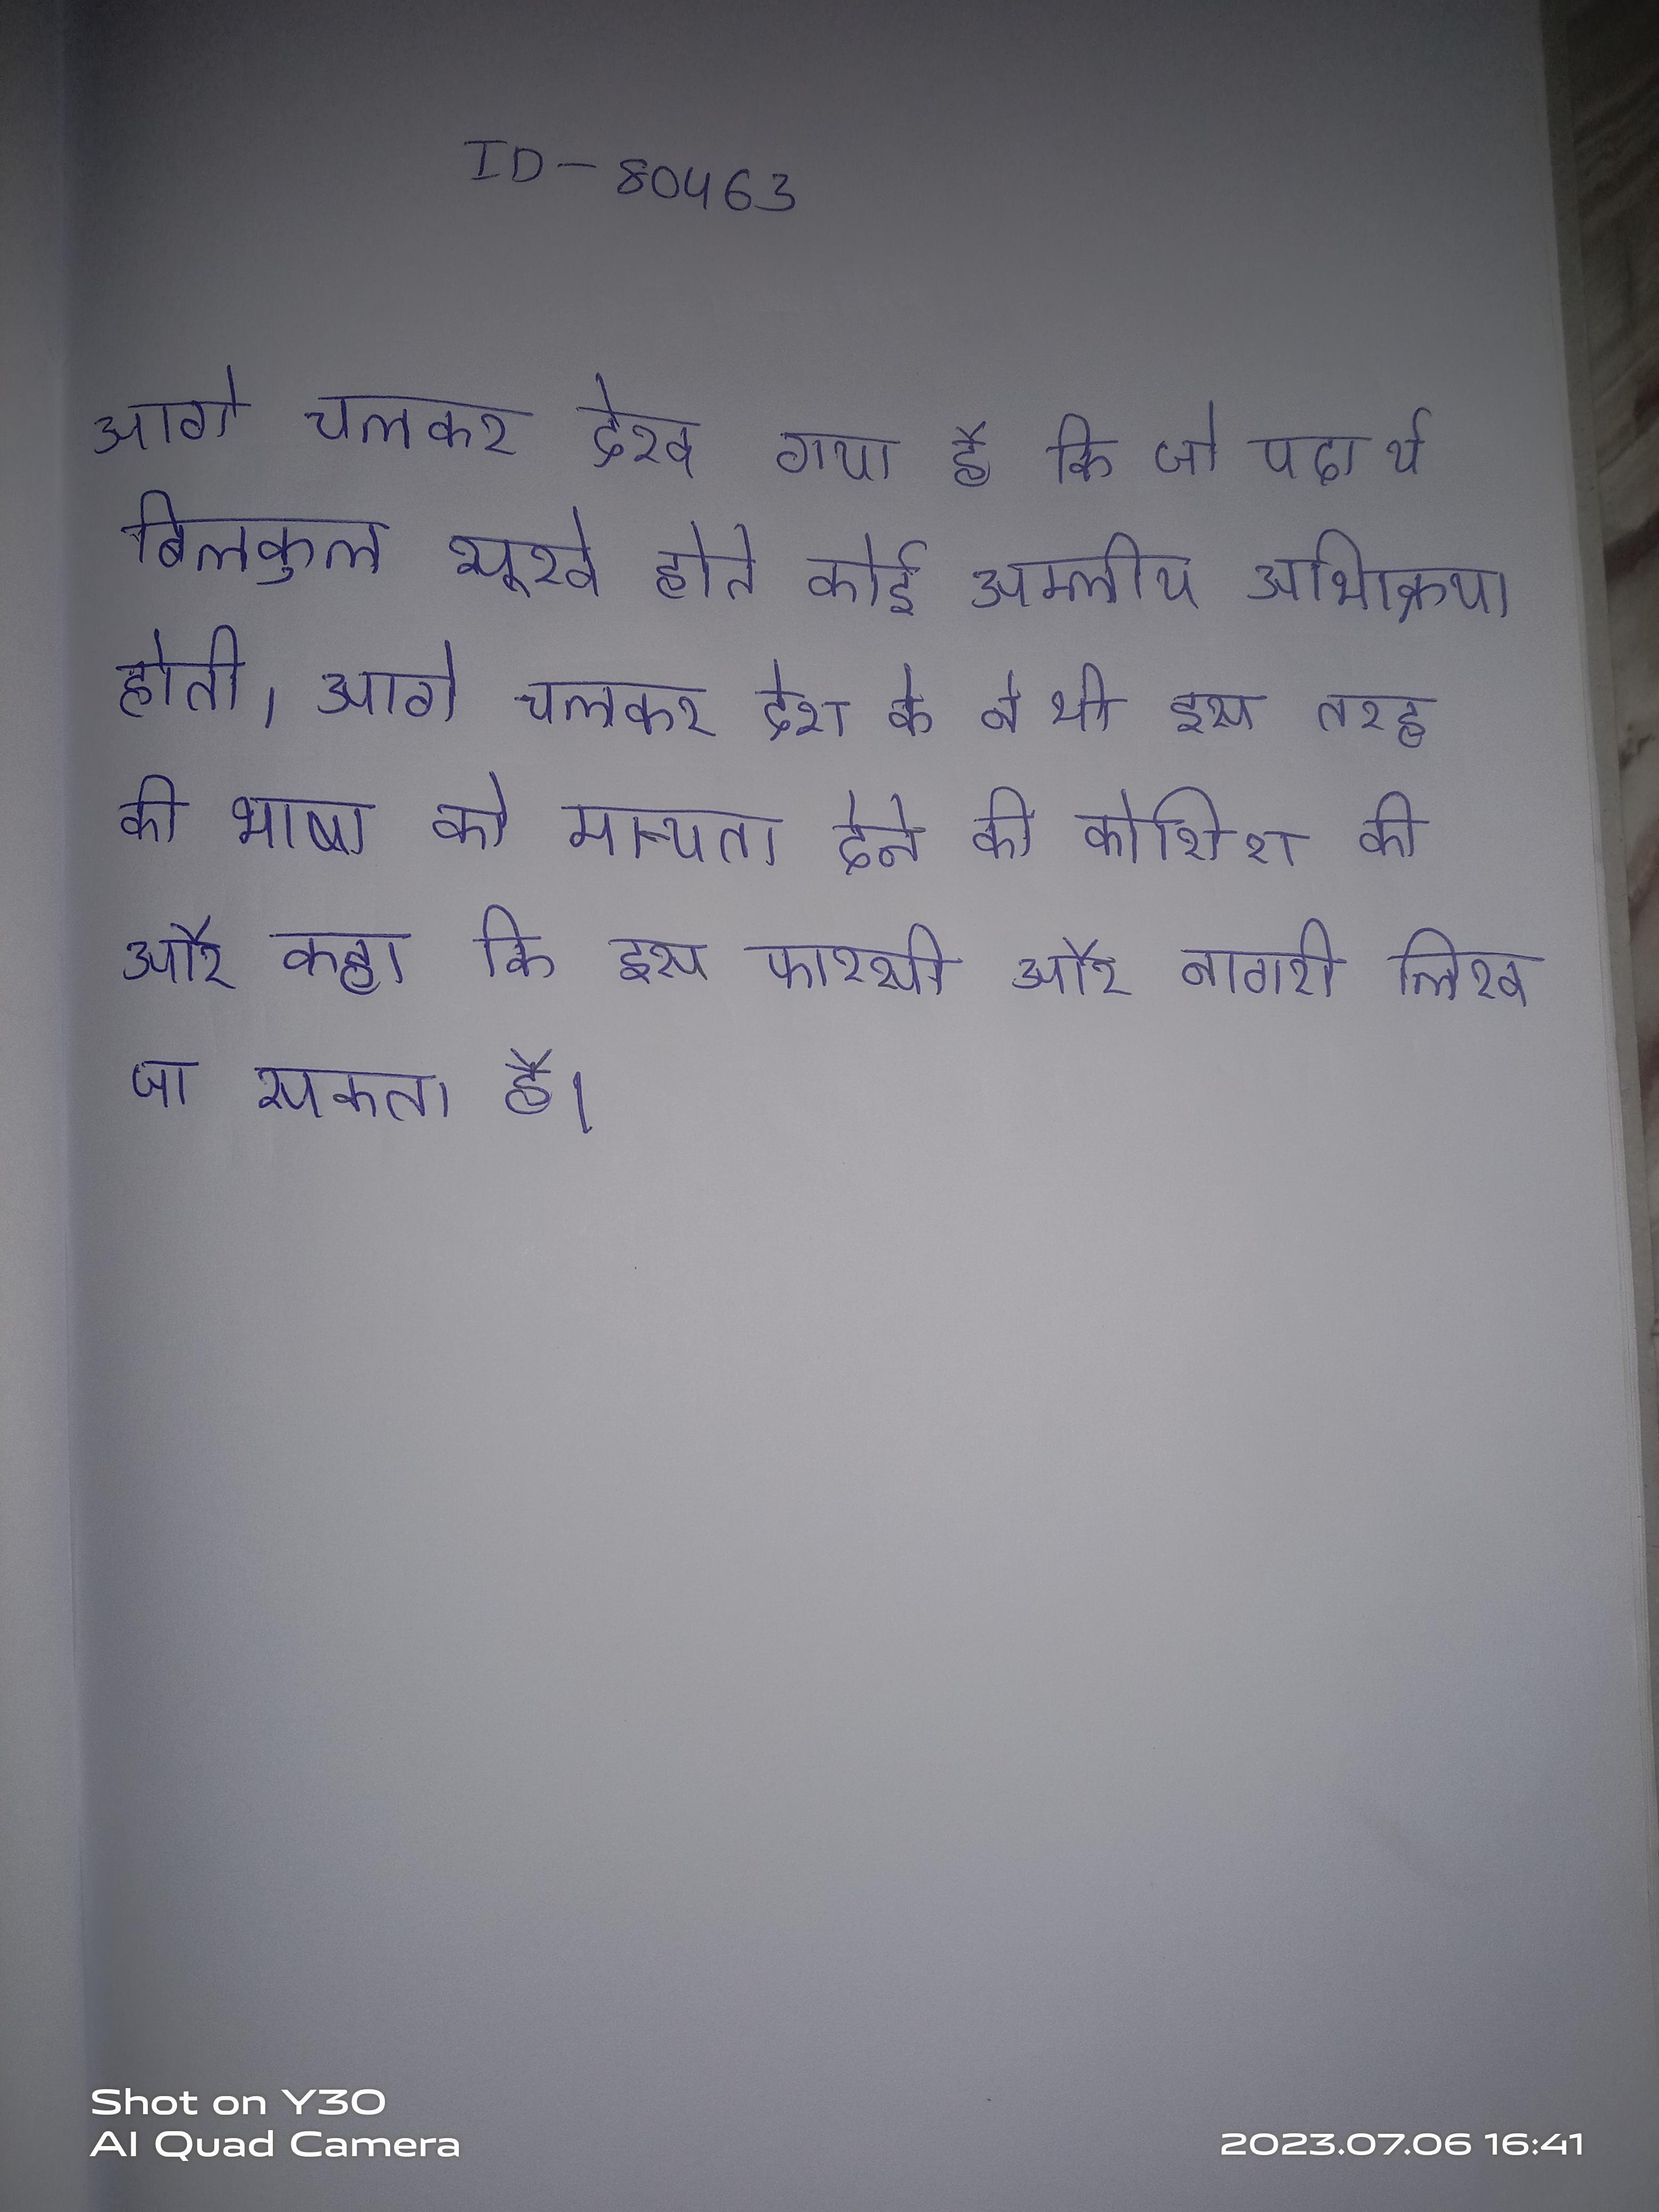
आगे चलकर देखा गया है कि जो पदार्थ बिलकुल सूखे होते कोई अम्लीय अभिक्रिया होती । आगे चलकर देश के ने भी इस तरह की भाषा को मान्यता देने की कोशिश की और कहा कि इसे फारसी और नागरी लिखा जा सकता है ।